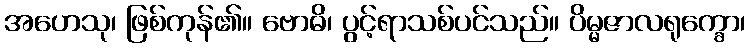
အဟေသု၊ ဖြစ်ကုန်၏။ ဗောဓိ၊ ပွင့်ရာသစ်ပင်သည်။ ပိမ္မဇာလရုက္ခော၊